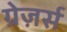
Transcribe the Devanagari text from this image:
ग्रेज़र्स